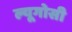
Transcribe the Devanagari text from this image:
ल्यूगोसी